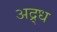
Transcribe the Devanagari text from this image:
अद्र्ध